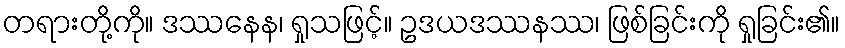
တရားတို့ကို။ ဒဿနေန၊ ရှုသဖြင့်။ ဥဒယဒဿနဿ၊ ဖြစ်ခြင်းကို ရှုခြင်း၏။